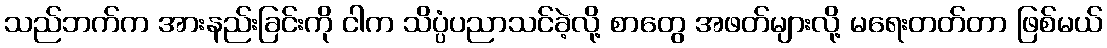
သည်ဘက်က အားနည်းခြင်းကို ငါက သိပ္ပံပညာသင်ခဲ့လို့ စာတွေ အဖတ်များလို့ မရေးတတ်တာ ဖြစ်မယ်